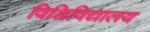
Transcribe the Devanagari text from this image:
विश्विविद्यालय